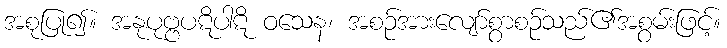
အစုပြု၍။ အနုပုဗ္ဗပဋိပါဋိ ဝသေန၊ အစဉ်အားလျော်စွာစဉ်သည်၏အစွမ်းဖြင့်။